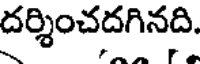
దర్శించదగినది.